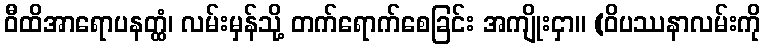
ဝီထိအာရောပနတ္ထံ၊ လမ်းမှန်သို့ တက်ရောက်စေခြင်း အကျိုးငှာ။ (ဝိပဿနာလမ်းကို